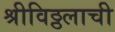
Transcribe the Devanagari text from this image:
श्रीविठ्ठलाची